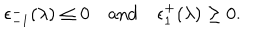
\epsilon _ { - 1 } ^ { - } ( \lambda ) \leq 0 \quad \mathrm { a n d } \quad \epsilon _ { 1 } ^ { + } ( \lambda ) \geq 0 .